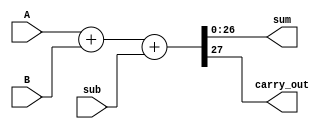
    module adder (A,B,sub,sum,carry_out);
input [26:0]A,B;
input sub;
output reg [26:0]sum;
output reg carry_out;
always@(*)
begin
    {carry_out , sum} = A + B + sub;
end
endmodule